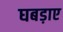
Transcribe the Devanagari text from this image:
घबड़ाए